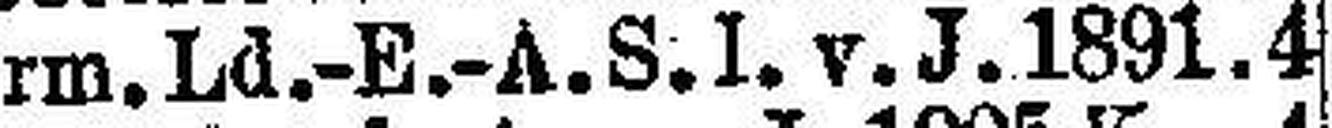
Steirm. Ld.-E.-A. S. I. v. J. 1891. 4